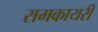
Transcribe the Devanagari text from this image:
रामकायरी